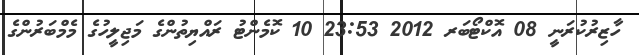
ހާޒިރުކުރަނީ 08 އޮކްޓޯބަރ 2012 23:53 10 ކޮމެންޓު ރައްޔިތުންގެ މަޖިލީހުގެ މެމްބަރުންގެ